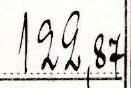
122,87